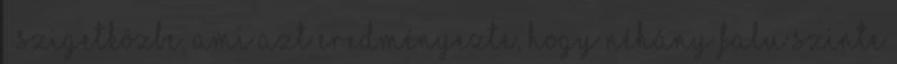
– Szigetközbe, ami azt eredményezte, hogy néhány falu szinte